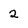
Character: 2